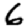
Digit: 6